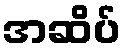
အဆိပ်